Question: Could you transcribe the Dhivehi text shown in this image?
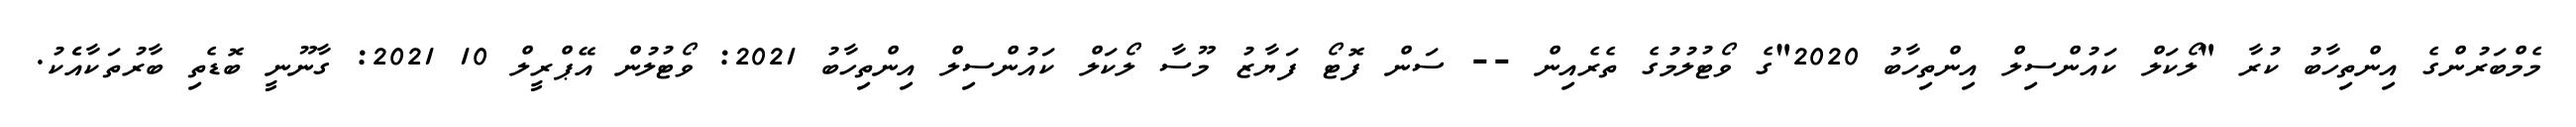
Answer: މެމްބަރުންގެ އިންތިހާބު ކުރާ "ލޯކަލް ކައުންސިލް އިންތިހާބު 2020"ގެ ވޯޓުލުމުގެ ތެރެއިން -- ސަން ފޮޓޯ ފަޔާޒު މޫސާ ލޯކަލް ކައުންސިލް އިންތިހާބު 2021: ވޯޓުލުން އޭޕްރީލް 10 2021: ގާނޫނީ ބޮޑެތި ބާރުތަކާއެެކު.